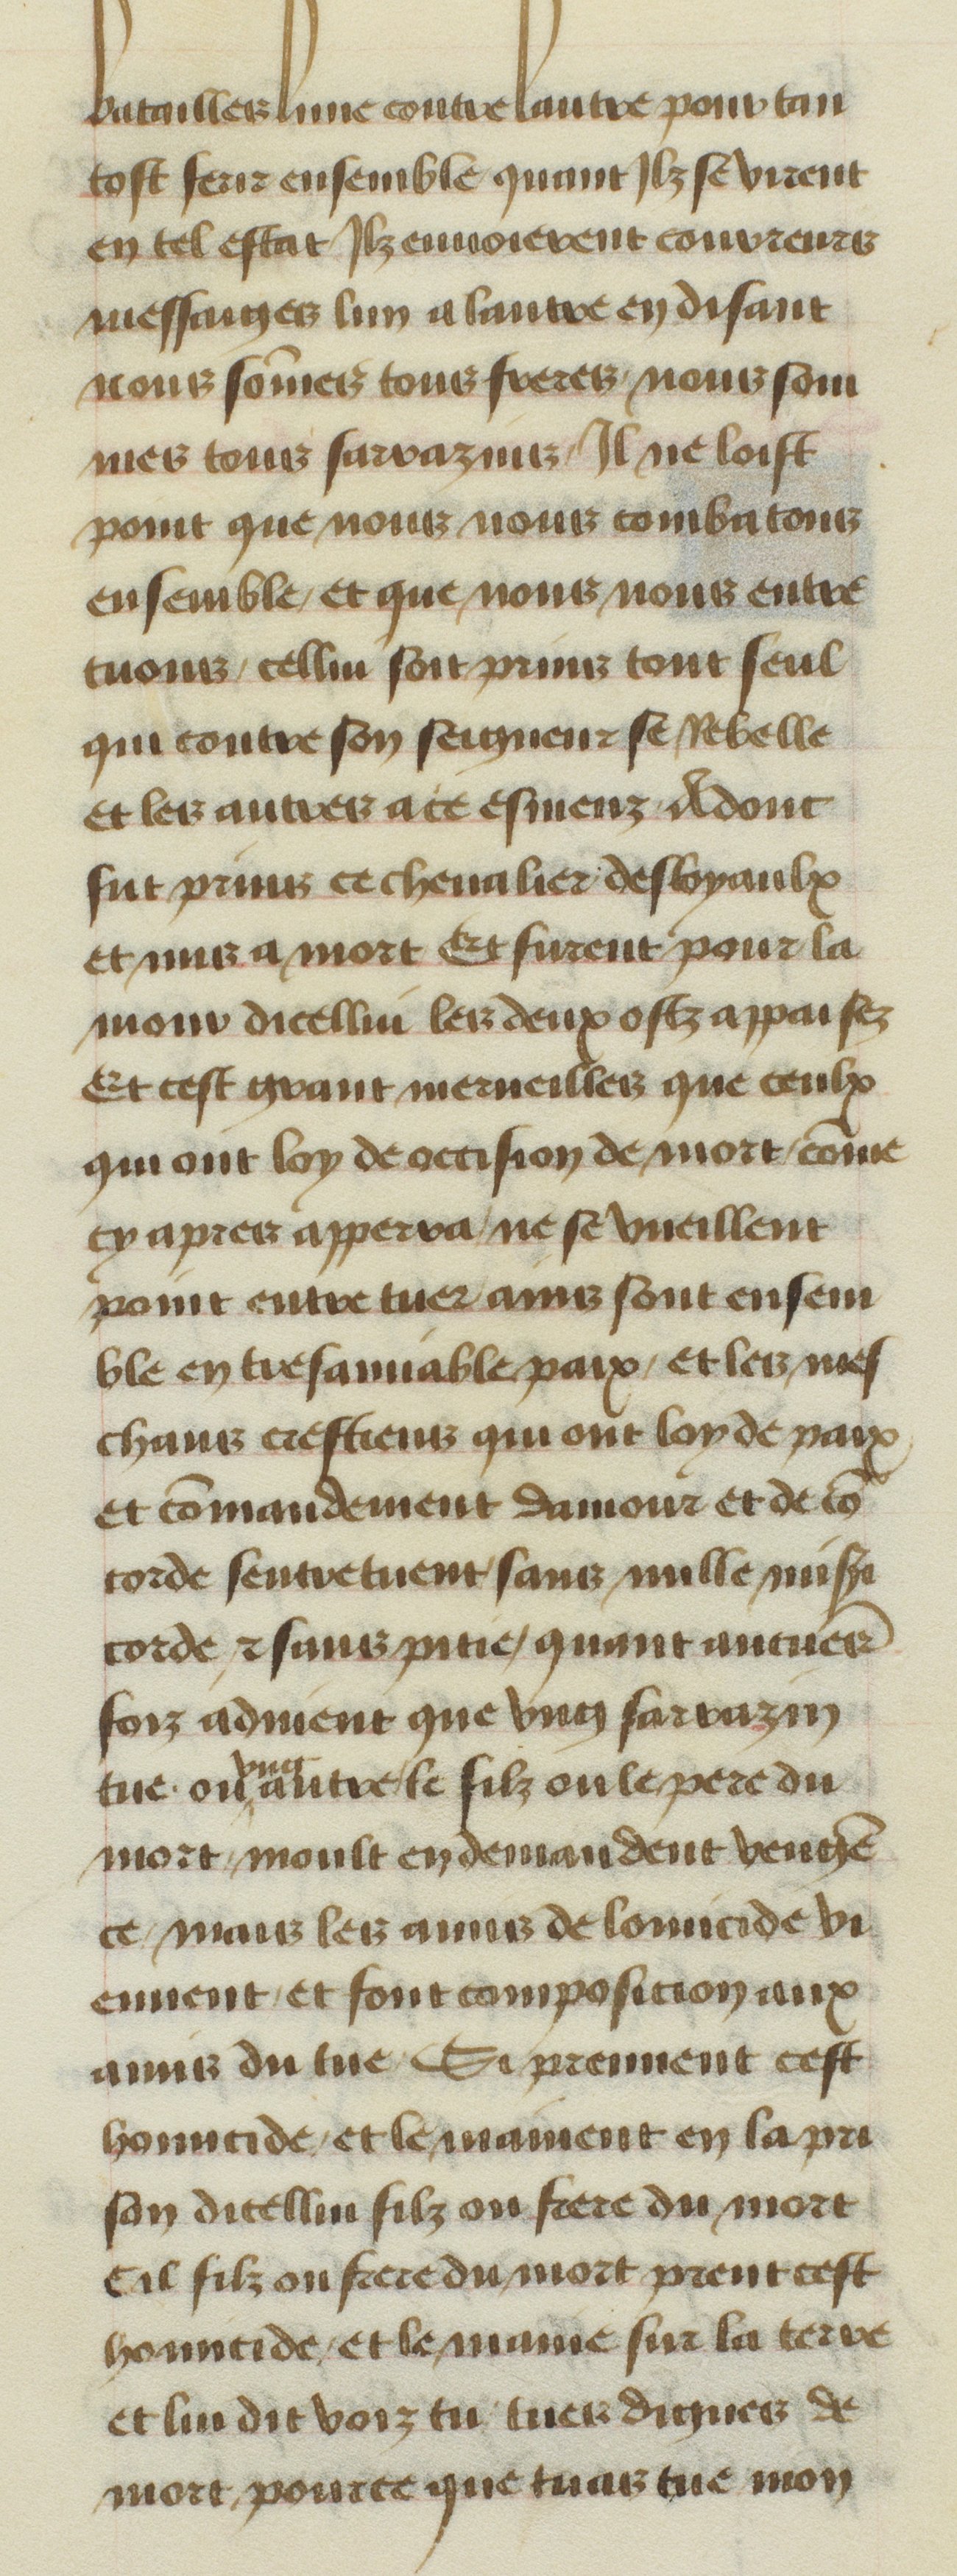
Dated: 1400–1449